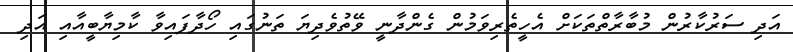
އަދި ސަރުކާރުން މުބާރާތްތަކަށް އެހީތެރިވަމުން ގެންދާނީ ވޭތުވެދިޔަ ތަނުގައި ހޯދާފައިވާ ކާމިޔާބީއާއި އަދި